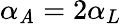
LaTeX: \alpha_{\mathit{A}}=2\alpha_{L}